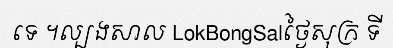
ទេ ។ល្បងសាល LokBongSalថ្ងៃសុក្រ ទី